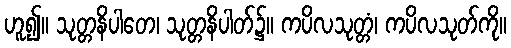
ဟူ၍။ သုတ္တနိပါတေ၊ သုတ္တနိပါတ်၌။ ကပိလသုတ္တံ၊ ကပိလသုတ်ကို။